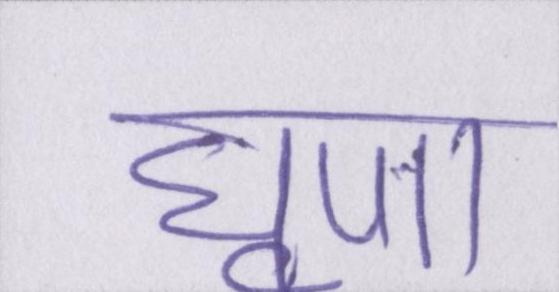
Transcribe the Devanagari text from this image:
घृणा